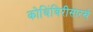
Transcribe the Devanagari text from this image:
कोथिंबिरीसारखे